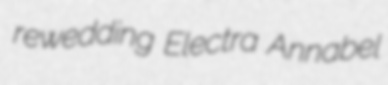
rewedding Electra Annabel